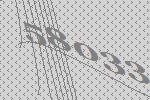
58033